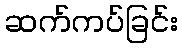
ဆက်ကပ်ခြင်း